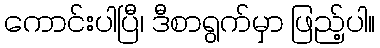
ကောင်းပါပြီ၊ ဒီစာရွက်မှာ ဖြည့်ပါ။